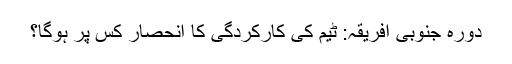
دورہ جنوبی افریقہ: ٹیم کی کارکردگی کا انحصار کس پر ہوگا؟